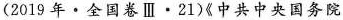
(2019年·全国卷Ⅲ·21)《中共中央国务院